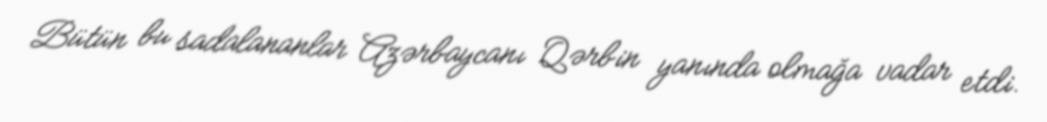
Bütün bu sadalananlar Azərbaycanı Qərbin yanında olmağa vadar etdi.